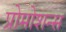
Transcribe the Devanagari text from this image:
प्रोमोशन्स